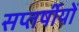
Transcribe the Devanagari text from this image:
सप्तर्षीयों